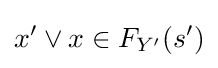
x'\vee x\in F_{Y'}(s')